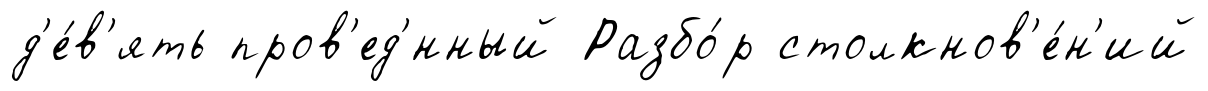
д'е́в'ять пров'ед'́нный Разбо́р столкнов'е́н'ий